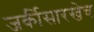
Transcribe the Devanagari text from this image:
जर्कीसारखेच